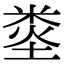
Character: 𥹿